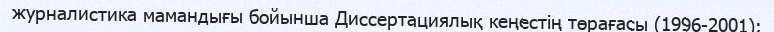
журналистика мамандығы бойынша Диссертациялық кеңестің төрағасы (1996-2001);